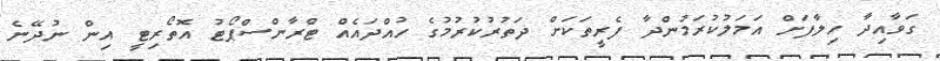
ގަވާއިދާ ހިލާފަށް އަމަލުކުރަމުންދާ ފެރީތަކަށް ދަތުރުކުރުމުގެ ހުއްދައެއް ޓްރާންސްޕޯޓު އޮތޯރިޓީ އިން ނުދޭނެ